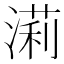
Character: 𣼵